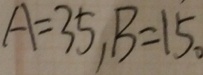
A = 3 5 , B = 1 5 .